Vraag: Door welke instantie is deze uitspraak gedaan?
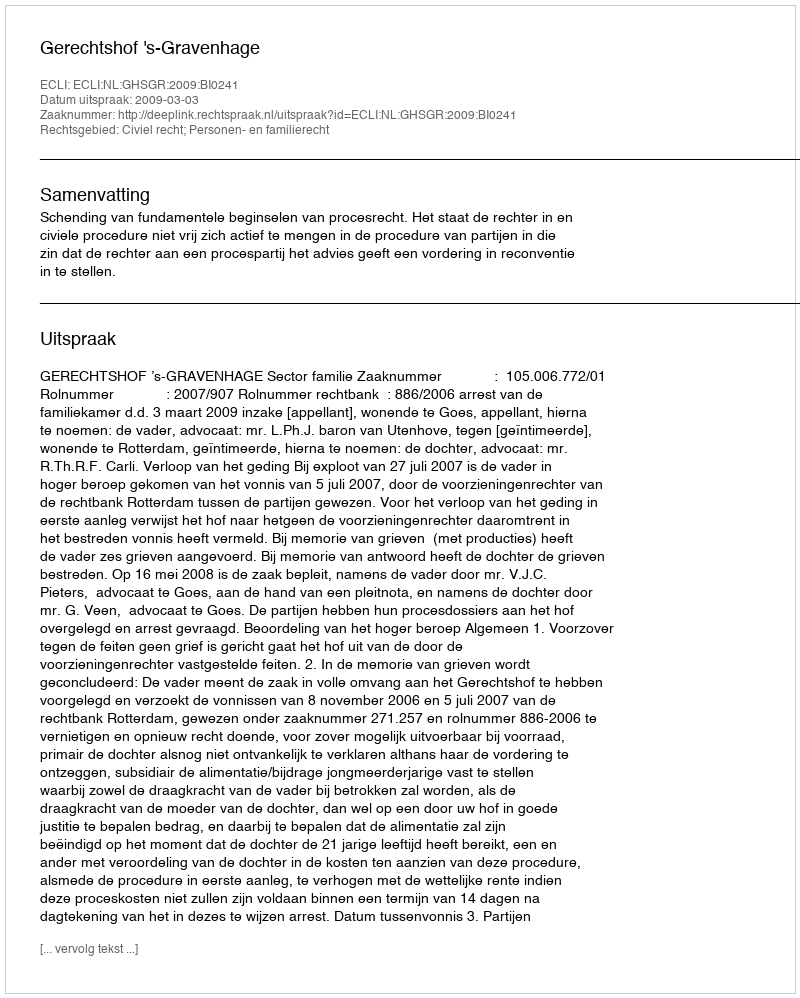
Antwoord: Gerechtshof 's-Gravenhage